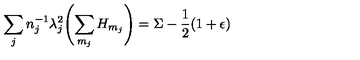
\sum _ { j } n _ { j } ^ { - 1 } \lambda _ { j } ^ { 2 } \Biggl ( \sum _ { m _ { j } } H _ { m _ { j } } \Biggr ) = \Sigma - \frac { 1 } { 2 } ( 1 + \epsilon )